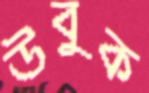
উবুক